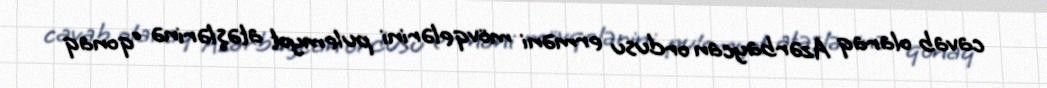
cavab olaraq Azərbaycan ordusu erməni mövqelərini pulemyot atəşlərinə “qonaq